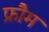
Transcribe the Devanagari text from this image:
फ्रौम